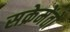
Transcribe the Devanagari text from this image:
सक्रेमेंतो